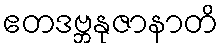
ဧတဒဗ္ဘနုဇာနာတိ